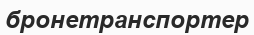
бронетранспортер